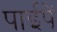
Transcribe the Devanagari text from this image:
पाईपें